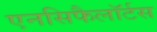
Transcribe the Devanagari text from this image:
एनसिफैलॉर्टस